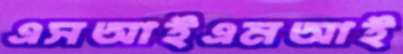
এসআইএমআই